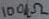
Text: 100kΩ